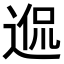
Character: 𨓲